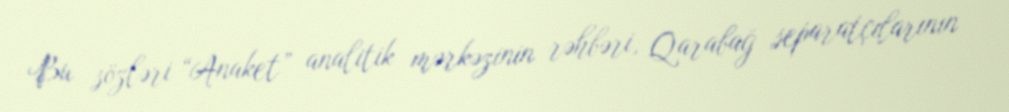
Bu sözləri “Anaket” analitik mərkəzinin rəhbəri, Qarabağ separatçılarının